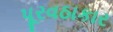
પૂરવઠાકાર